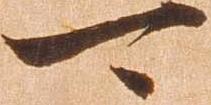
可